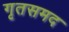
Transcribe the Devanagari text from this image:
गृतसमद